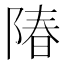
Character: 𬯌